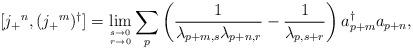
LaTeX: \begin{align*} [ j_+{}^n, (j_+{}^m)^\dagger ]= \lim_{s\to 0 \atop r\to 0} \sum_p \left ( \frac{1}{\lambda_{p+m,s}\lambda_{p+n,r}}- \frac{1}{\lambda_{p,s+r}} \right ) a^\dagger_{p+m} a_{p+n},\end{align*}